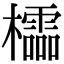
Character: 櫺